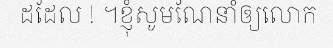
ដដែល ! ។ខ្ញុំសូមណែនាំឲ្យលោក